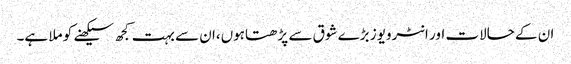
ان کے حالات اور انٹرویوز بڑے شوق سے پڑھتاہوں،ان سے بہت کجھ سیکھنے کو ملا ہے۔